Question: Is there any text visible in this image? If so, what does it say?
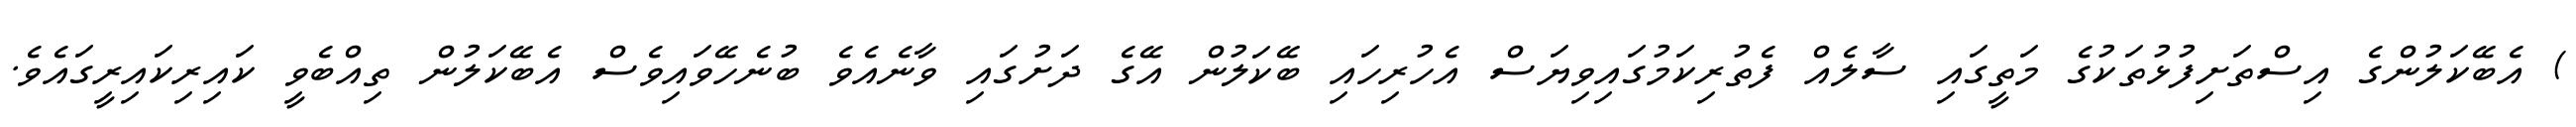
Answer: ) އެބޭކަލުންގެ އިސްތަށިފުޅުތަކުގެ މަތީގައި ސާލެއް ފެތުރިކަމުގައިވިޔަސް އެހުރިހައި ބޭކަލުން އޭގެ ދަށުގައި ވާނެއެވެ ބުނެހޭވައިވެސް އެބޭކަލުން ތިއްބެވީ ކައިރިކައިރީގައެވެ.